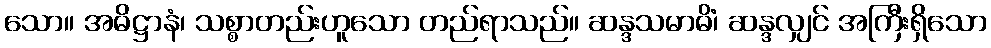
သော။ အဓိဋ္ဌာနံ၊ သစ္စာတည်းဟူသော တည်ရာသည်။ ဆန္ဒသမာဓိံ၊ ဆန္ဒလျှင် အကြီးရှိသော